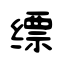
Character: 缥